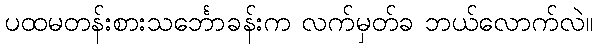
ပထမတန်းစားသင်္ဘောခန်းက လက်မှတ်ခ ဘယ်လောက်လဲ။